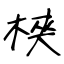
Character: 棶